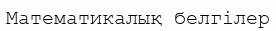
Математикалық белгілер